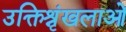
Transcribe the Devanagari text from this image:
उक्तिश्रृंखलाओं